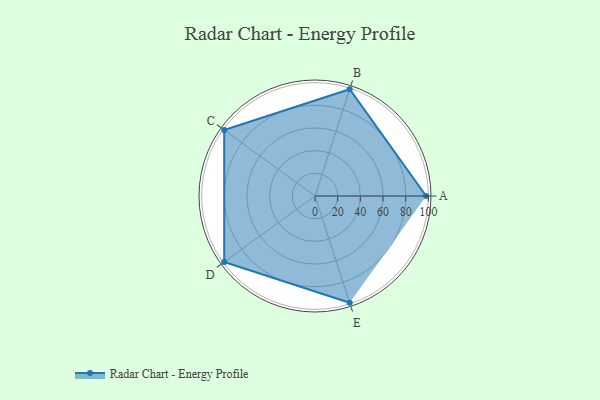
{"axis": {"x": "Skill", "y": "Score"}, "legend": ["Profile"], "data": [{"x": "A", "y": 98.0, "type": "Profile"}, {"x": "B", "y": 99, "type": "Profile"}, {"x": "C", "y": 99, "type": "Profile"}, {"x": "D", "y": 99, "type": "Profile"}, {"x": "E", "y": 99, "type": "Profile"}]}